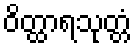
ဝိတ္ထာရသုတ္တံ